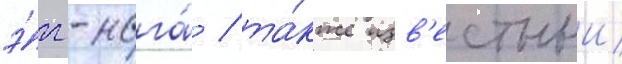
э́гг-нога́ / та́кже изв'естныи